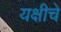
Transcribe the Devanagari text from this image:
यक्षीचे